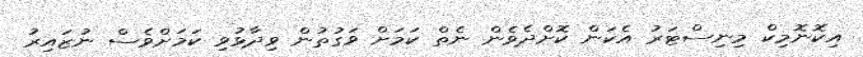
އިކޮނޮމިކް މިނިސްޓަރު އެކަން ކޮށްދެވެން ނެތް ކަމަށް ވަގުތުން ވިދާޅުވި ކަމަށްވެސް ނުޒައިރު